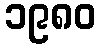
၁၉၈၀